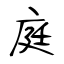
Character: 庭